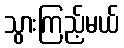
သွားကြည့်မယ်